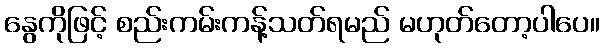
နွေကိုဖြင့် စည်းကမ်းကန့်သတ်ရမည် မဟုတ်တော့ပါပေ။